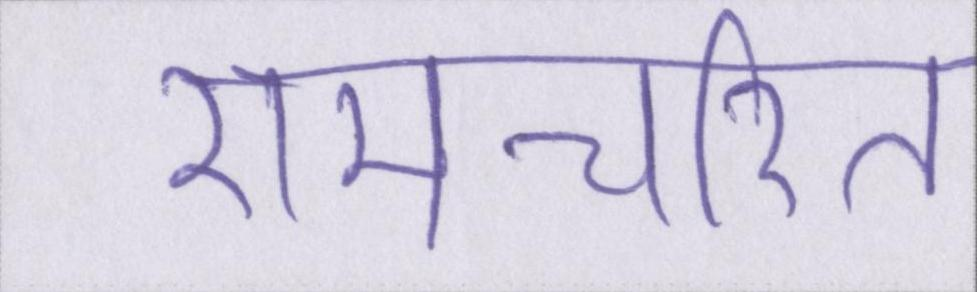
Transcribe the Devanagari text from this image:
रामचरित